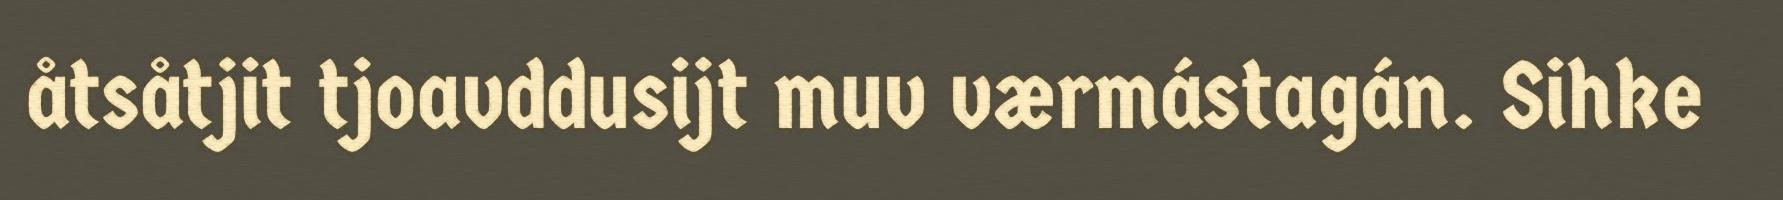
åtsåtjit tjoavddusijt muv værmástagán. Sihke